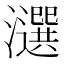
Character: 𤂿